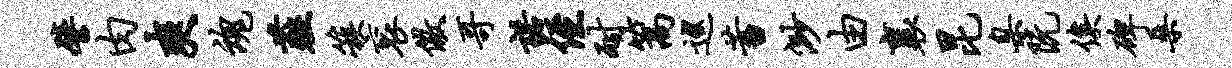
譬肉爽魂薤簇衮儆哥诺侄耐篙巡蓄渺由襄昆臬阮俟碑桑